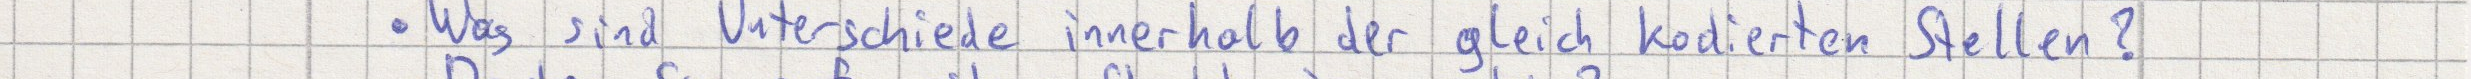
Was sind Unterschiede innerhalb der gleich kodierten Stellen?